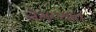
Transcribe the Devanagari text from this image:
नेमण्‍यात